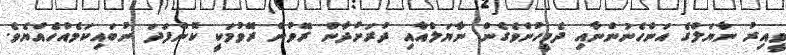
ވީއިރު ނާޔަލްގެ އަންހެނުންނާއި ދެމީހުންވެގެން ނާޔަލްއާއި ދުރަށްދާން ރޭވުން ރޭވުމަކީ ކޮންފަދަ ނުބައިކަމެއްހެއްޔެވެ.